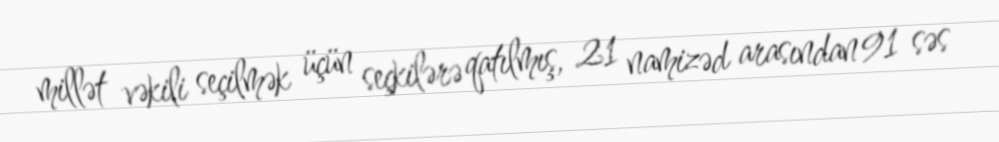
millət vəkili seçilmək üçün seçkilərə qatılmış, 21 namizəd arasından 91 səs